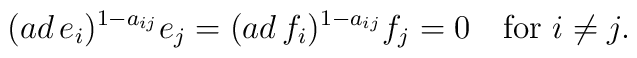
(ad\, e_i)^{1-a_{ij}}e_j=(ad\, f_i)^{1-a_{ij}}f_j=0\quad\mbox{for }i\neq j.